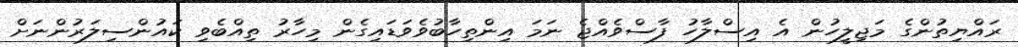
ރައްޔިތުންގެ މަޖިލީހުން އެ އިސްލާހު ފާސްވެއްޖެ ނަމަ އިންތިހާބުވެވަޑައިގެން މިހާރު ތިއްބެވި ކައުންސިލަރުންނަށް